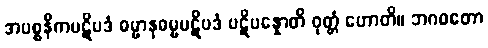
အပစ္စနီကပဋိပဒံ ဓမ္မာနုဓမ္မပဋိပဒံ ပဋိပန္နောတိ ဝုတ္တံ ဟောတိ။ ဘဂဝတော